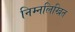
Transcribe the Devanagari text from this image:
निम्‍नलिखित